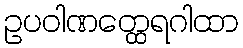
ဥပဝါဏတ္ထေရဂါထာ